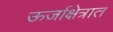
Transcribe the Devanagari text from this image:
ऊर्जाक्षेत्रात